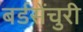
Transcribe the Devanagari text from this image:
बर्डसेंचुरी